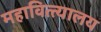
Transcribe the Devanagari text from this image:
महावित्त्यालय